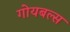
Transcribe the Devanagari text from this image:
गोयबल्स